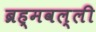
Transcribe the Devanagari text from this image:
ब्रह्मवल्ली